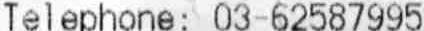
TELEPHONE: 03-62587995